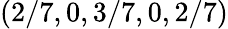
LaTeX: (2/7,0,3/7,0,2/7)